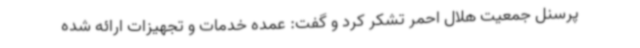
پرسنل جمعیت هلال احمر تشکر کرد و گفت: عمده خدمات و تجهیزات ارائه شده